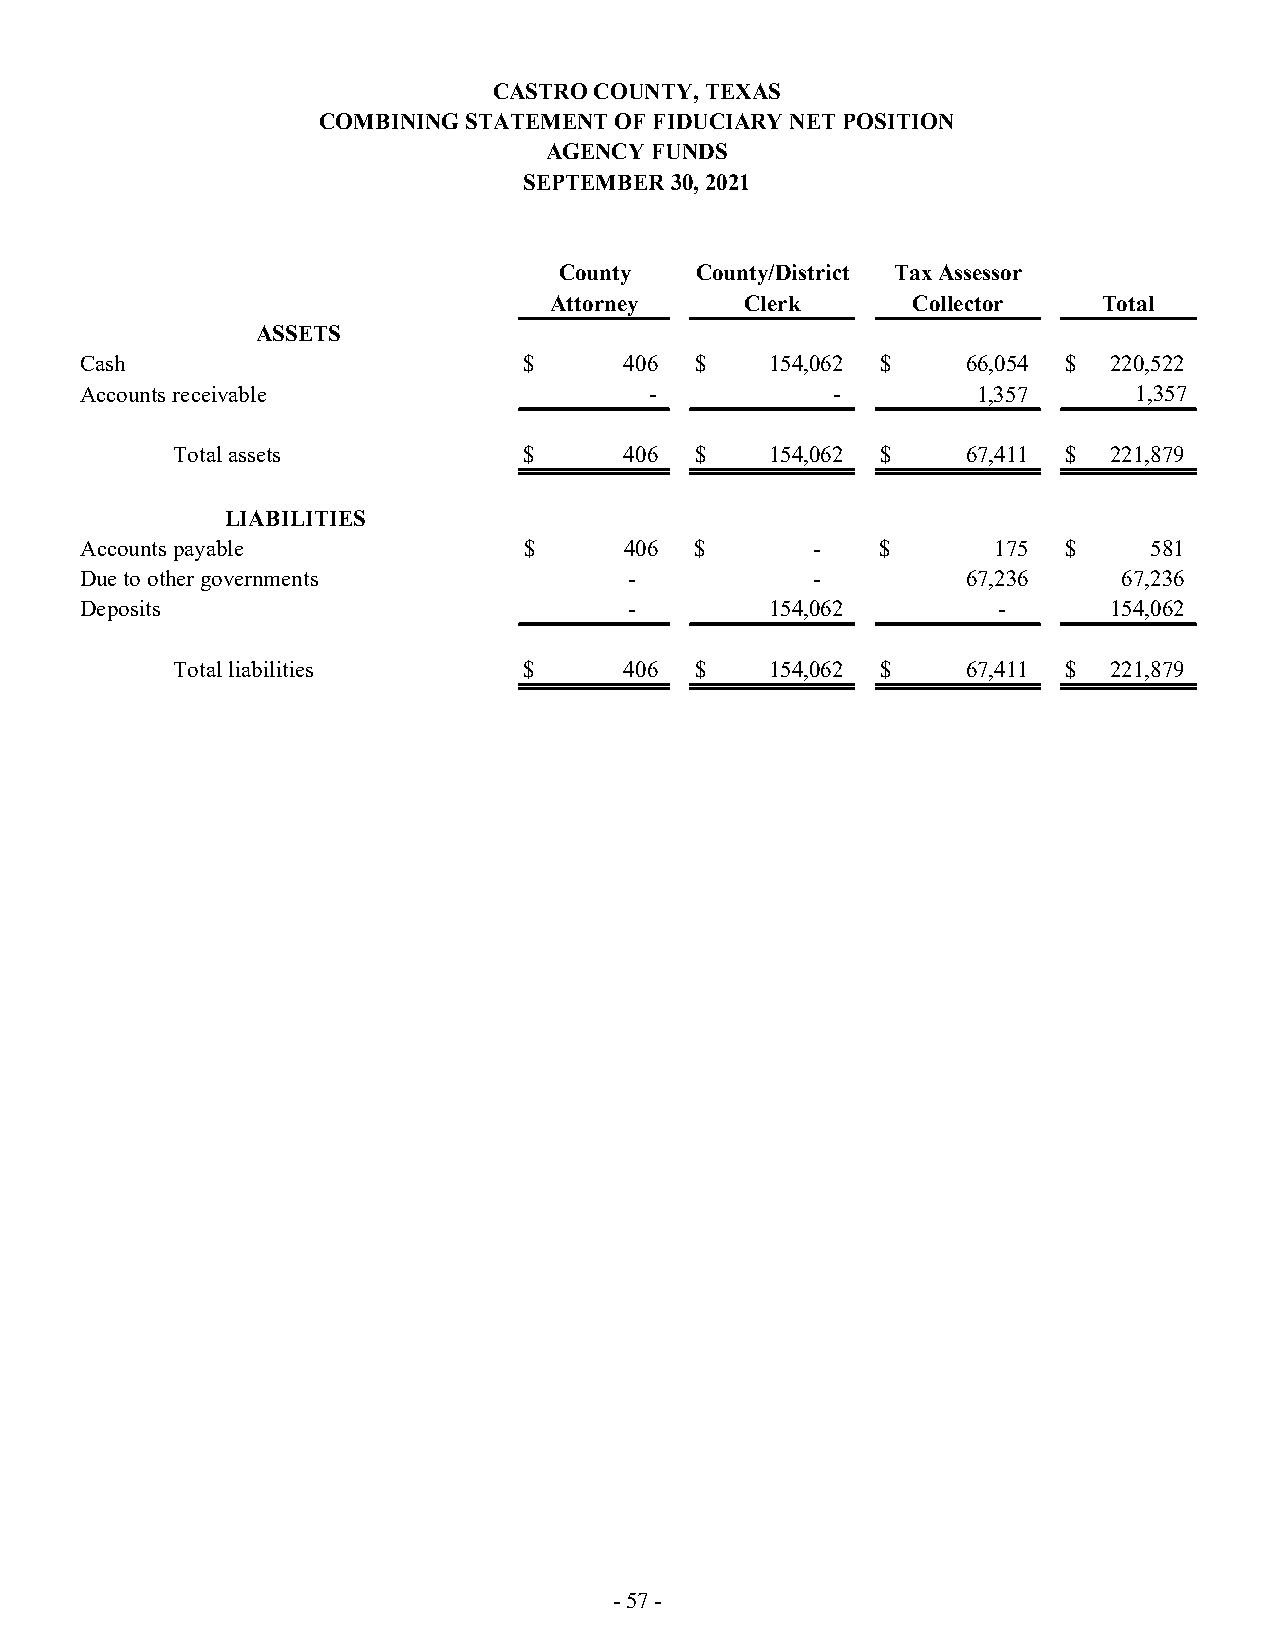
CASTRO COUNTY, TEXAS
 COMBINING STATEMENT OF FIDUCIARY NET POSITION
 AGENCY FUNDS
 SEPTEMBER 30, 2021
 County   County/District Tax Assessor
 Attorney     Clerk      Collector    Total
 ASSETS
 Cash                          $     406  $    154,062 $    66,054 $ 220,522
 Accounts receivable                   -           -         1,357     1,357
 Total assets            $     406  $    154,062 $    67,411 $ 221,879
 LIABILITIES
 Accounts payable              $     406  $       -   $       175  $    581
 Due to other governments             -           -         67,236    67,236
 Deposits                             -        154,062        -      154,062
 Total liabilities       $     406  $    154,062 $    67,411 $ 221,879
 - 57 -